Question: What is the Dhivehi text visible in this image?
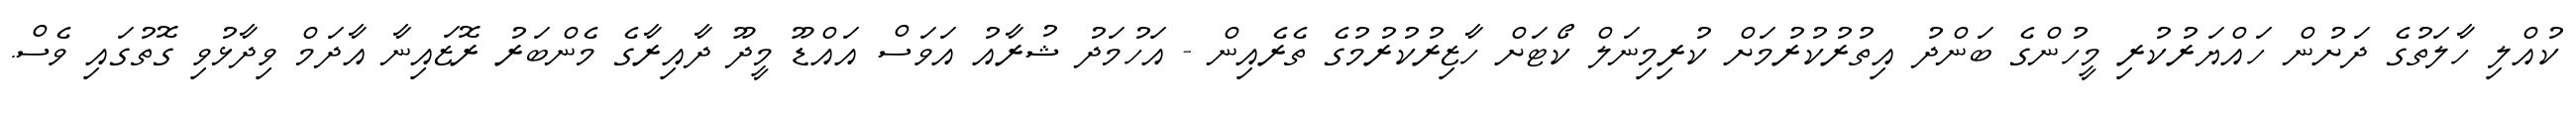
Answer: ކުއްލި ހާލަތުގެ ދަށުން ހައްޔަރުކުރި މީހުންގެ ބަންދު އިތުރުކުރުމަށް ކުރިމިނަލް ކޯޓަށް ހާޒިރުކުރުމުގެ ތެރެއިން - އަހުމަދު ޝުރާއު އަވަސް އައްޑޫ މީދޫ ދާއިރާގެ މެންބަރު ރޮޒައިނާ އާދަމް ވިދާޅުވި ގޮތުގައި ވެސް.